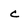
Character: C